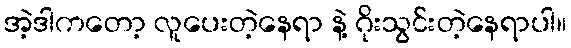
အဲ့ဒါကတော့ လူပေးတဲ့နေရာ နဲ့ ဂိုးသွင်းတဲ့နေရာပါ။